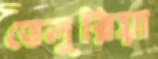
ভেলুরিয়া